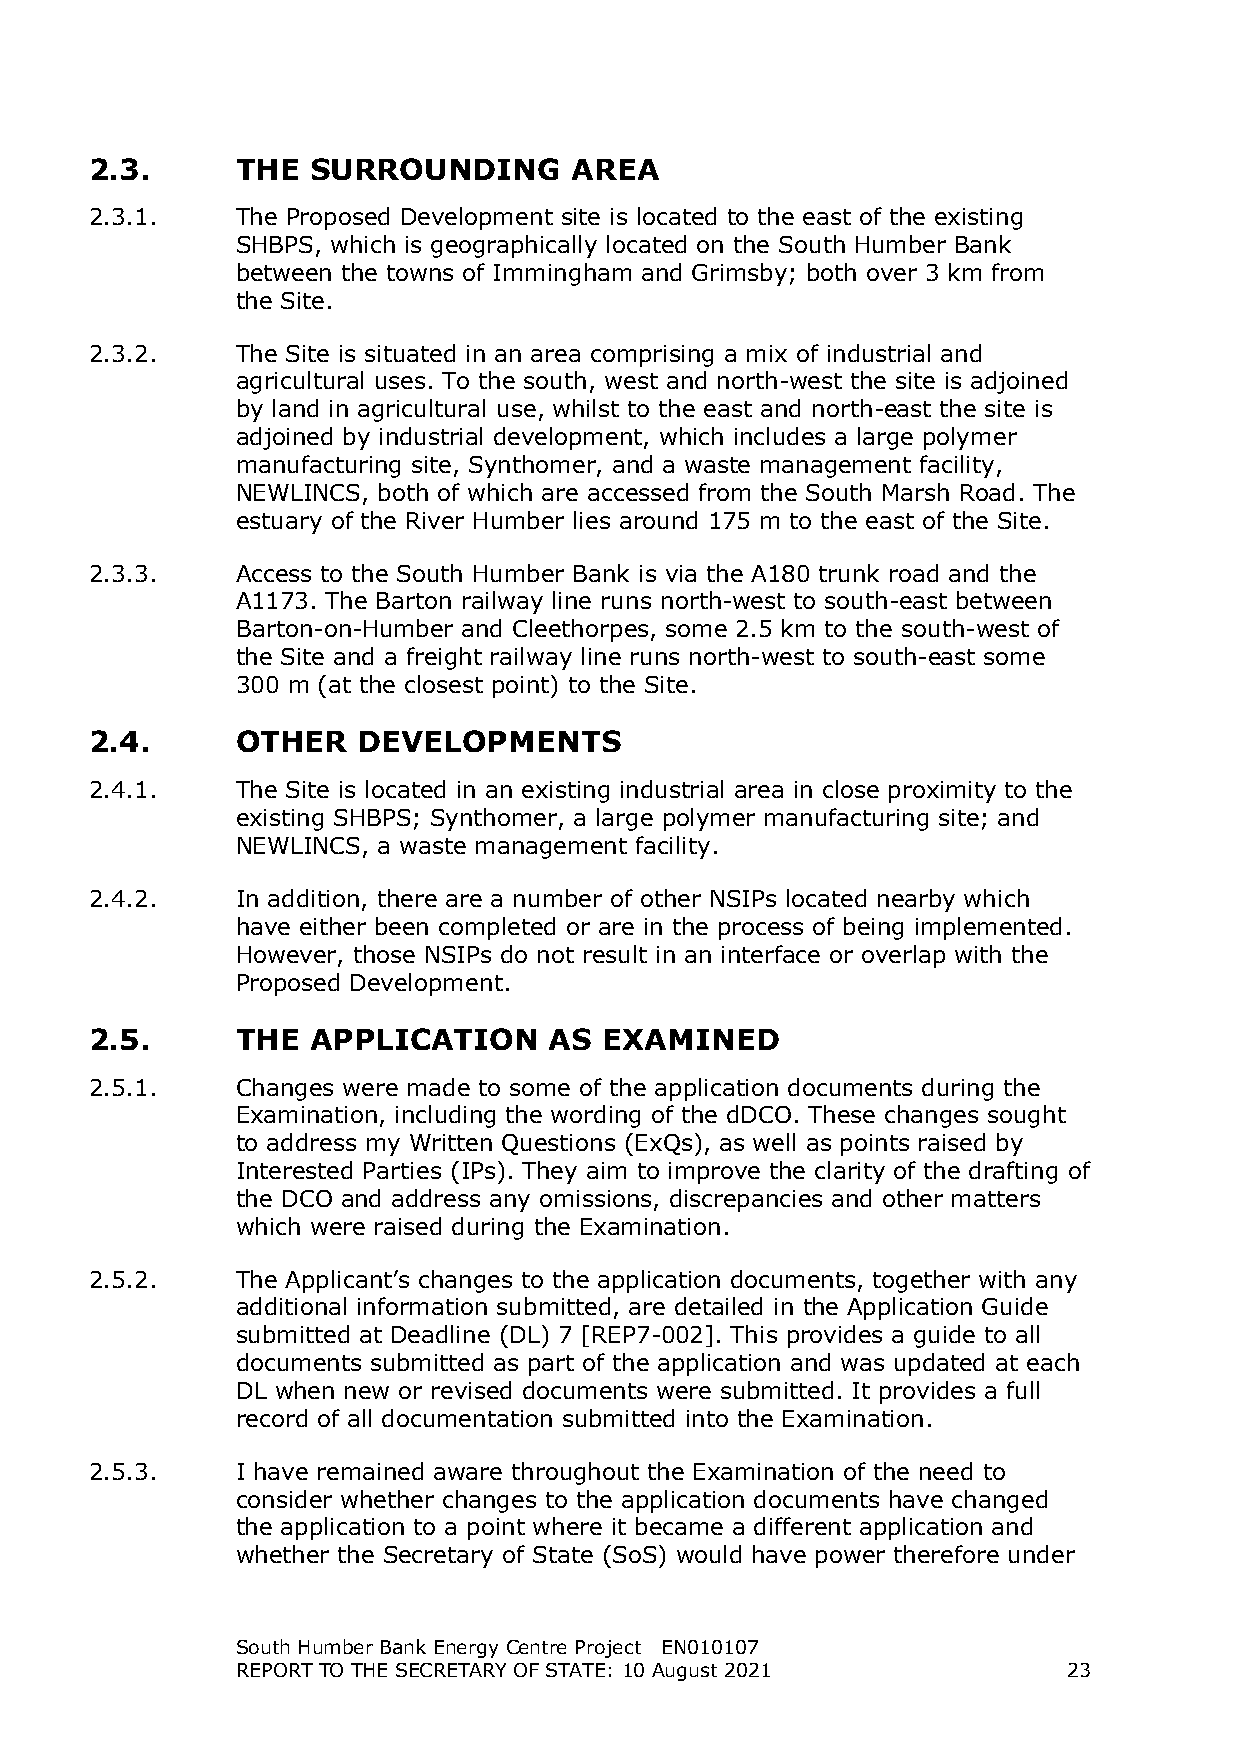
2.3.      THE  SURROUNDING      AREA
 2.3.1.    The Proposed Development site is located to the east of the existing
 SHBPS, which is geographically located on the South Humber Bank
 between the towns of Immingham and Grimsby; both over 3 km from
 the Site.
 2.3.2.    The Site is situated in an area comprising a mix of industrial and
 agricultural uses. To the south, west and north-west the site is adjoined
 by land in agricultural use, whilst to the east and north-east the site is
 adjoined by industrial development, which includes a large polymer
 manufacturing site, Synthomer, and a waste management facility,
 NEWLINCS, both of which are accessed from the South Marsh Road. The
 estuary of the River Humber lies around 175 m to the east of the Site.
 2.3.3.    Access to the South Humber Bank is via the A180 trunk road and the
 A1173. The Barton railway line runs north-west to south-east between
 Barton-on-Humber and Cleethorpes, some 2.5 km to the south-west of
 the Site and a freight railway line runs north-west to south-east some
 300 m (at the closest point) to the Site.
 2.4.      OTHER   DEVELOPMENTS
 2.4.1.    The Site is located in an existing industrial area in close proximity to the
 existing SHBPS; Synthomer, a large polymer manufacturing site; and
 NEWLINCS, a waste management facility.
 2.4.2.    In addition, there are a number of other NSIPs located nearby which
 have either been completed or are in the process of being implemented.
 However, those NSIPs do not result in an interface or overlap with the
 Proposed Development.
 2.5.      THE  APPLICATION    AS  EXAMINED
 2.5.1.    Changes were made to some of the application documents during the
 Examination, including the wording of the dDCO. These changes sought
 to address my Written Questions (ExQs), as well as points raised by
 Interested Parties (IPs). They aim to improve the clarity of the drafting of
 the DCO and address any omissions, discrepancies and other matters
 which were raised during the Examination.
 2.5.2.    The Applicant’s changes to the application documents, together with any
 additional information submitted, are detailed in the Application Guide
 submitted at Deadline (DL) 7 [REP7-002]. This provides a guide to all
 documents submitted as part of the application and was updated at each
 DL when new or revised documents were submitted. It provides a full
 record of all documentation submitted into the Examination.
 2.5.3.    I have remained aware throughout the Examination of the need to
 consider whether changes to the application documents have changed
 the application to a point where it became a different application and
 whether the Secretary of State (SoS) would have power therefore under
 South Humber Bank Energy Centre Project EN010107
 REPORT TO THE SECRETARY OF STATE: 10 August 2021       23